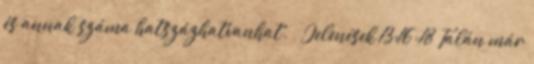
és annak száma hatszázhatvanhat.” – Jelenések 13:16-18 Talán már